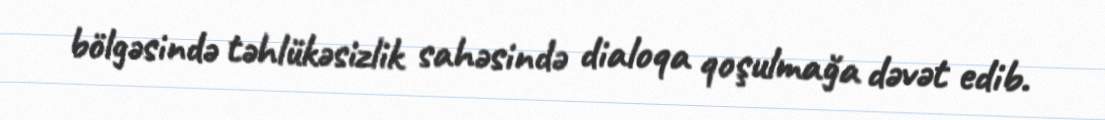
bölgəsində təhlükəsizlik sahəsində dialoqa qoşulmağa dəvət edib.